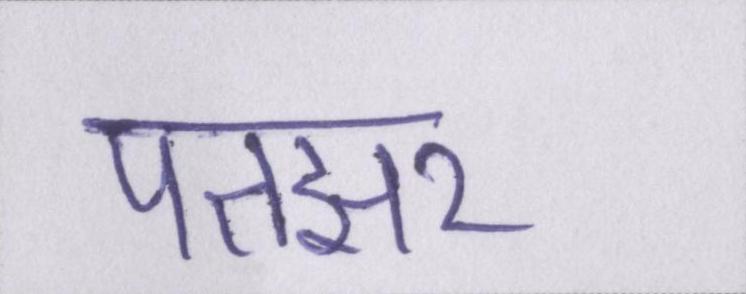
पतझर